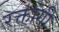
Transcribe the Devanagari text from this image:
रक्तांगी